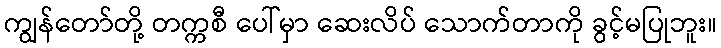
ကျွန်တော်တို့ တက္ကစီ ပေါ်မှာ ဆေးလိပ် သောက်တာကို ခွင့်မပြုဘူး။